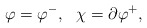
\begin{align*}\varphi = \varphi ^- ,~~ \chi= \partial \varphi ^+,\end{align*}